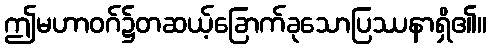
ဤမဟာဝဂ်၌တဆယ့်ခြောက်ခုသောပြဿနာရှိ၏။